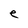
Character: e